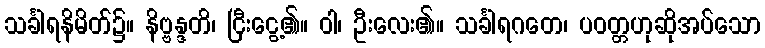
သင်္ခါရနိမိတ်၌။ နိဗ္ဗန္ဒတိ၊ ငြီးငွေ့၏။ ဝါ၊ ဦးလေး၏။ သင်္ခါရဂတေ၊ ပဝတ္တဟုဆိုအပ်သော